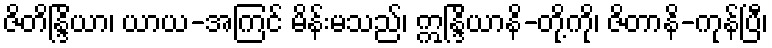
ဇိတိန္ဒြိယာ၊ ယာယ-အကြင် မိန်းမသည်၊ ဣန္ဒြိယာနိ-တို့ကို၊ ဇိတာနိ-ကုန်ပြီ၊